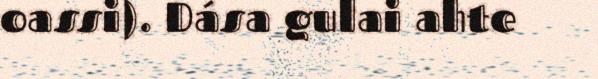
oassi). Dása gulai ahte